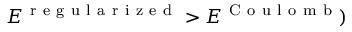
E ^ { \mathrm { ~ r ~ e ~ g ~ u ~ l ~ a ~ r ~ i ~ z ~ e ~ d ~ } } > E ^ { \mathrm { ~ C ~ o ~ u ~ l ~ o ~ m ~ b ~ } } )